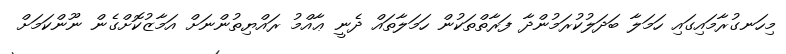
މިހަނގުރާމައިގައި ހަމަލާ ބަދަލުކުރަމުންދާ ފަރާތްތަކުން ހަމަލާތައް ދެނީ ޢާއްމު ރައްޔިތުންނަށް އަމާޒުކޮށްގެން ނޫންކަމަށް